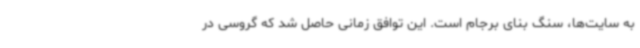
به سایت‌ها، سنگ بنای برجام است. این توافق زمانی حاصل شد که گروسی در